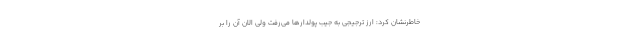
خاطرنشان کرد: ارز ترجیجی به جیب پولدارها می‌رفت ولی الان آن را بر